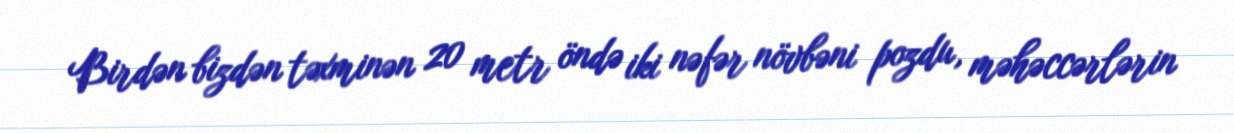
Birdən bizdən təxminən 20 metr öndə iki nəfər növbəni pozdu, məhəccərlərin